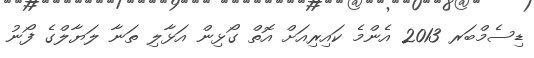
ޑިސެމްބަރ 2013 އެންމެ ކައިރިއަށް އޮތް ގޯޅިން އަޅާލި ތަނާ ލަޔާލްގެ ފޯނު